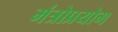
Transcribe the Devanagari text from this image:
मंत्रोप्रयोग